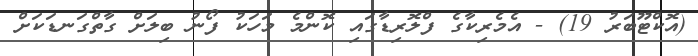
(އޮކްޓޫބަރު 19) - އެމެރިކާގެ ފްލޮރިޑާގައި ކޮންމެ މަހަކު ފޯނު ބިލަށް ގާތްގަނޑަކަށް